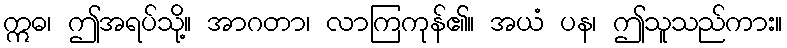
ဣဓ၊ ဤအရပ်သို့။ အာဂတာ၊ လာကြကုန်၏။ အယံ ပန၊ ဤသူသည်ကား။